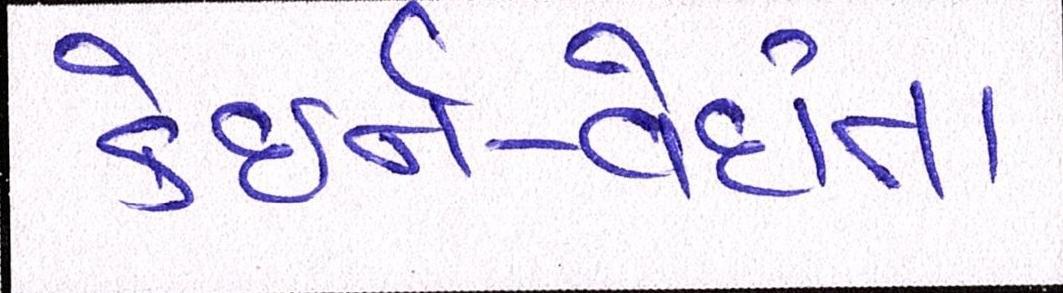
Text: કેઇર્ન-વેદાંતા